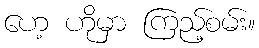
ဟေ့ ဟိုမှာ ကြည့်စမ်း။